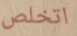
اتخلص